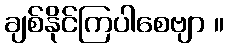
ချစ်နိုင်ကြပါစေဗျာ ။